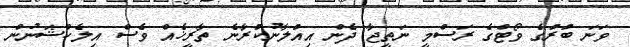
ވަނަ ބުރުގެ ވޯޓްގެ ރަސްމީ ނަތީޖާ ދެން އިއުލާނުކުރާނެ ތާރީޚެއް ވެސް އިލެކްޝަނުން